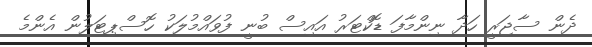
ދެން ސާޖަރީ ހަދާ ނިންމާފަ ޑޮކްޓަރު އައިސް ބުނީ ފުވައްމުލަކު ހޮސްޕިޓަލުން އެންމެ